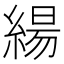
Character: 𮈬